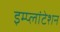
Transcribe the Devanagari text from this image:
इम्प्लांटेशन